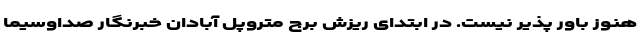
هنوز باور پذیر نیست. در ابتدای ریزش برج متروپل آبادان خبرنگار صداوسیما